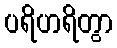
ပရိဟရိတွာ